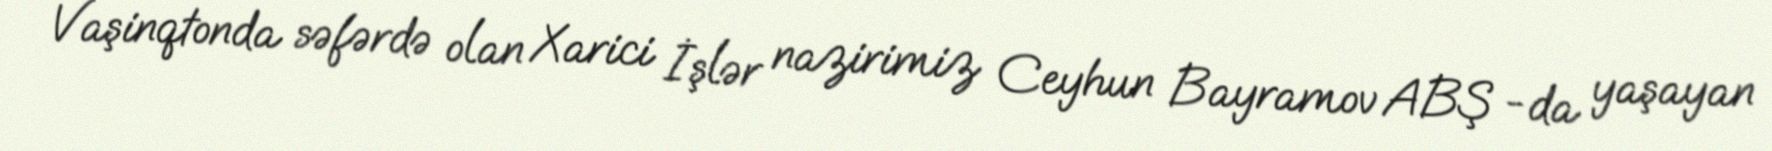
Vaşinqtonda səfərdə olan Xarici İşlər nazirimiz Ceyhun Bayramov ABŞ -da yaşayan